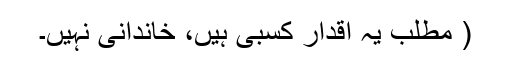
( مطلب یہ اقدار کسبی ہیں، خاندانی نہیں۔